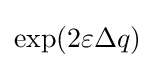
\exp(2\varepsilon \Delta q)\,\!